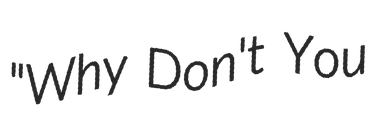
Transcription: "Why Don't You